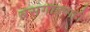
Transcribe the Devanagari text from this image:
बसगाड्याही